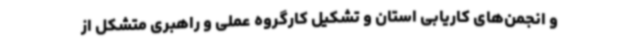
و انجمن‌های کاریابی استان و تشکیل کارگروه عملی و راهبری متشکل از